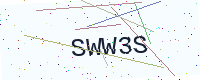
Text: SWW3S